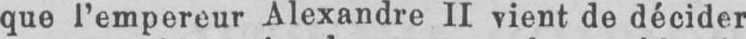
que l’empereur Alexandre II vient de décider